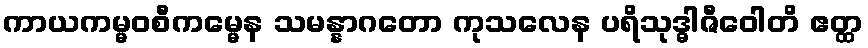
ကာယကမ္မဝစီကမ္မေန သမန္နာဂတော ကုသလေန ပရိသုဒ္ဓါဇီဝေါတိ ဧတ္ထ